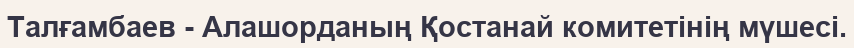
Талғамбаев - Алашорданың Қостанай комитетінің мүшесі.